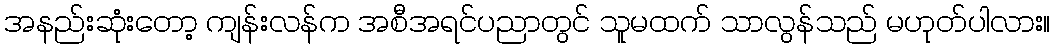
အနည်းဆုံးတော့ ကျန်းလန်က အစီအရင်ပညာတွင် သူမထက် သာလွန်သည် မဟုတ်ပါလား။